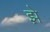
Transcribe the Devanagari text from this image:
झ़े